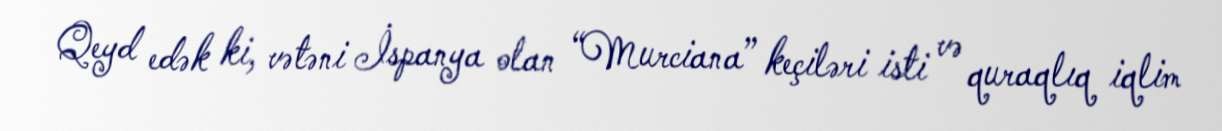
Qeyd edək ki, vətəni İspanya olan “Murciana” keçiləri isti və quraqlıq iqlim